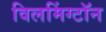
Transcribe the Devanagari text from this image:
विलमिंग्टॉन